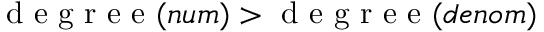
\mathrm { ~ d ~ e ~ g ~ r ~ e ~ e ~ } ( n u m ) > \mathrm { ~ d ~ e ~ g ~ r ~ e ~ e ~ } ( d e n o m )